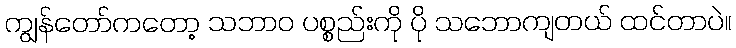
ကျွန်တော်ကတော့ သဘာဝ ပစ္စည်းကို ပို သဘောကျတယ် ထင်တာပဲ။